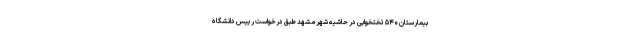
بیمارستان ۵۴۰ تختخوابی در حاشیه شهر مشهد طبق درخواست رییس دانشگاه